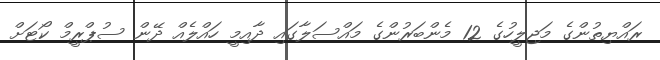
ރައްޔިތުންގެ މަޖިލީހުގެ 12 މެންބަރުންގެ މައްސަލާގައި ދާއިމީ ހައްލެއް ދޭން ސުޕްރީމް ކޯޓަށް